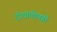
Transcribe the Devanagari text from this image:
दोघांतीलही